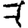
Digit: 7